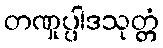
တဏှုပ္ပါဒသုတ္တံ